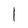
Character: l